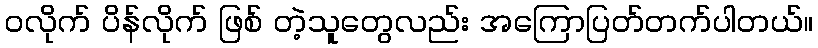
၀လိုက် ပိန်လိုက် ဖြစ် တဲ့သူတွေလည်း အကြောပြတ်တက်ပါတယ်။